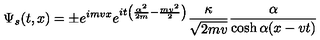
\Psi _ { s } ( t , x ) = \pm e ^ { i m v x } e ^ { i t \left( \frac { \alpha ^ { 2 } } { 2 m } - \frac { m v ^ { 2 } } { 2 } \right) } \frac { \kappa } { \sqrt { 2 m v } } \frac { \alpha } { \cosh \alpha ( x - v t ) }